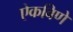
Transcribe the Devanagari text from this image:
ऐकविणे